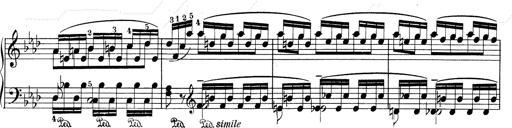
Title: Weinen, Klagen, Sorgen, Zagen
Composer: Franz Liszt